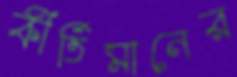
কীর্তিমানের